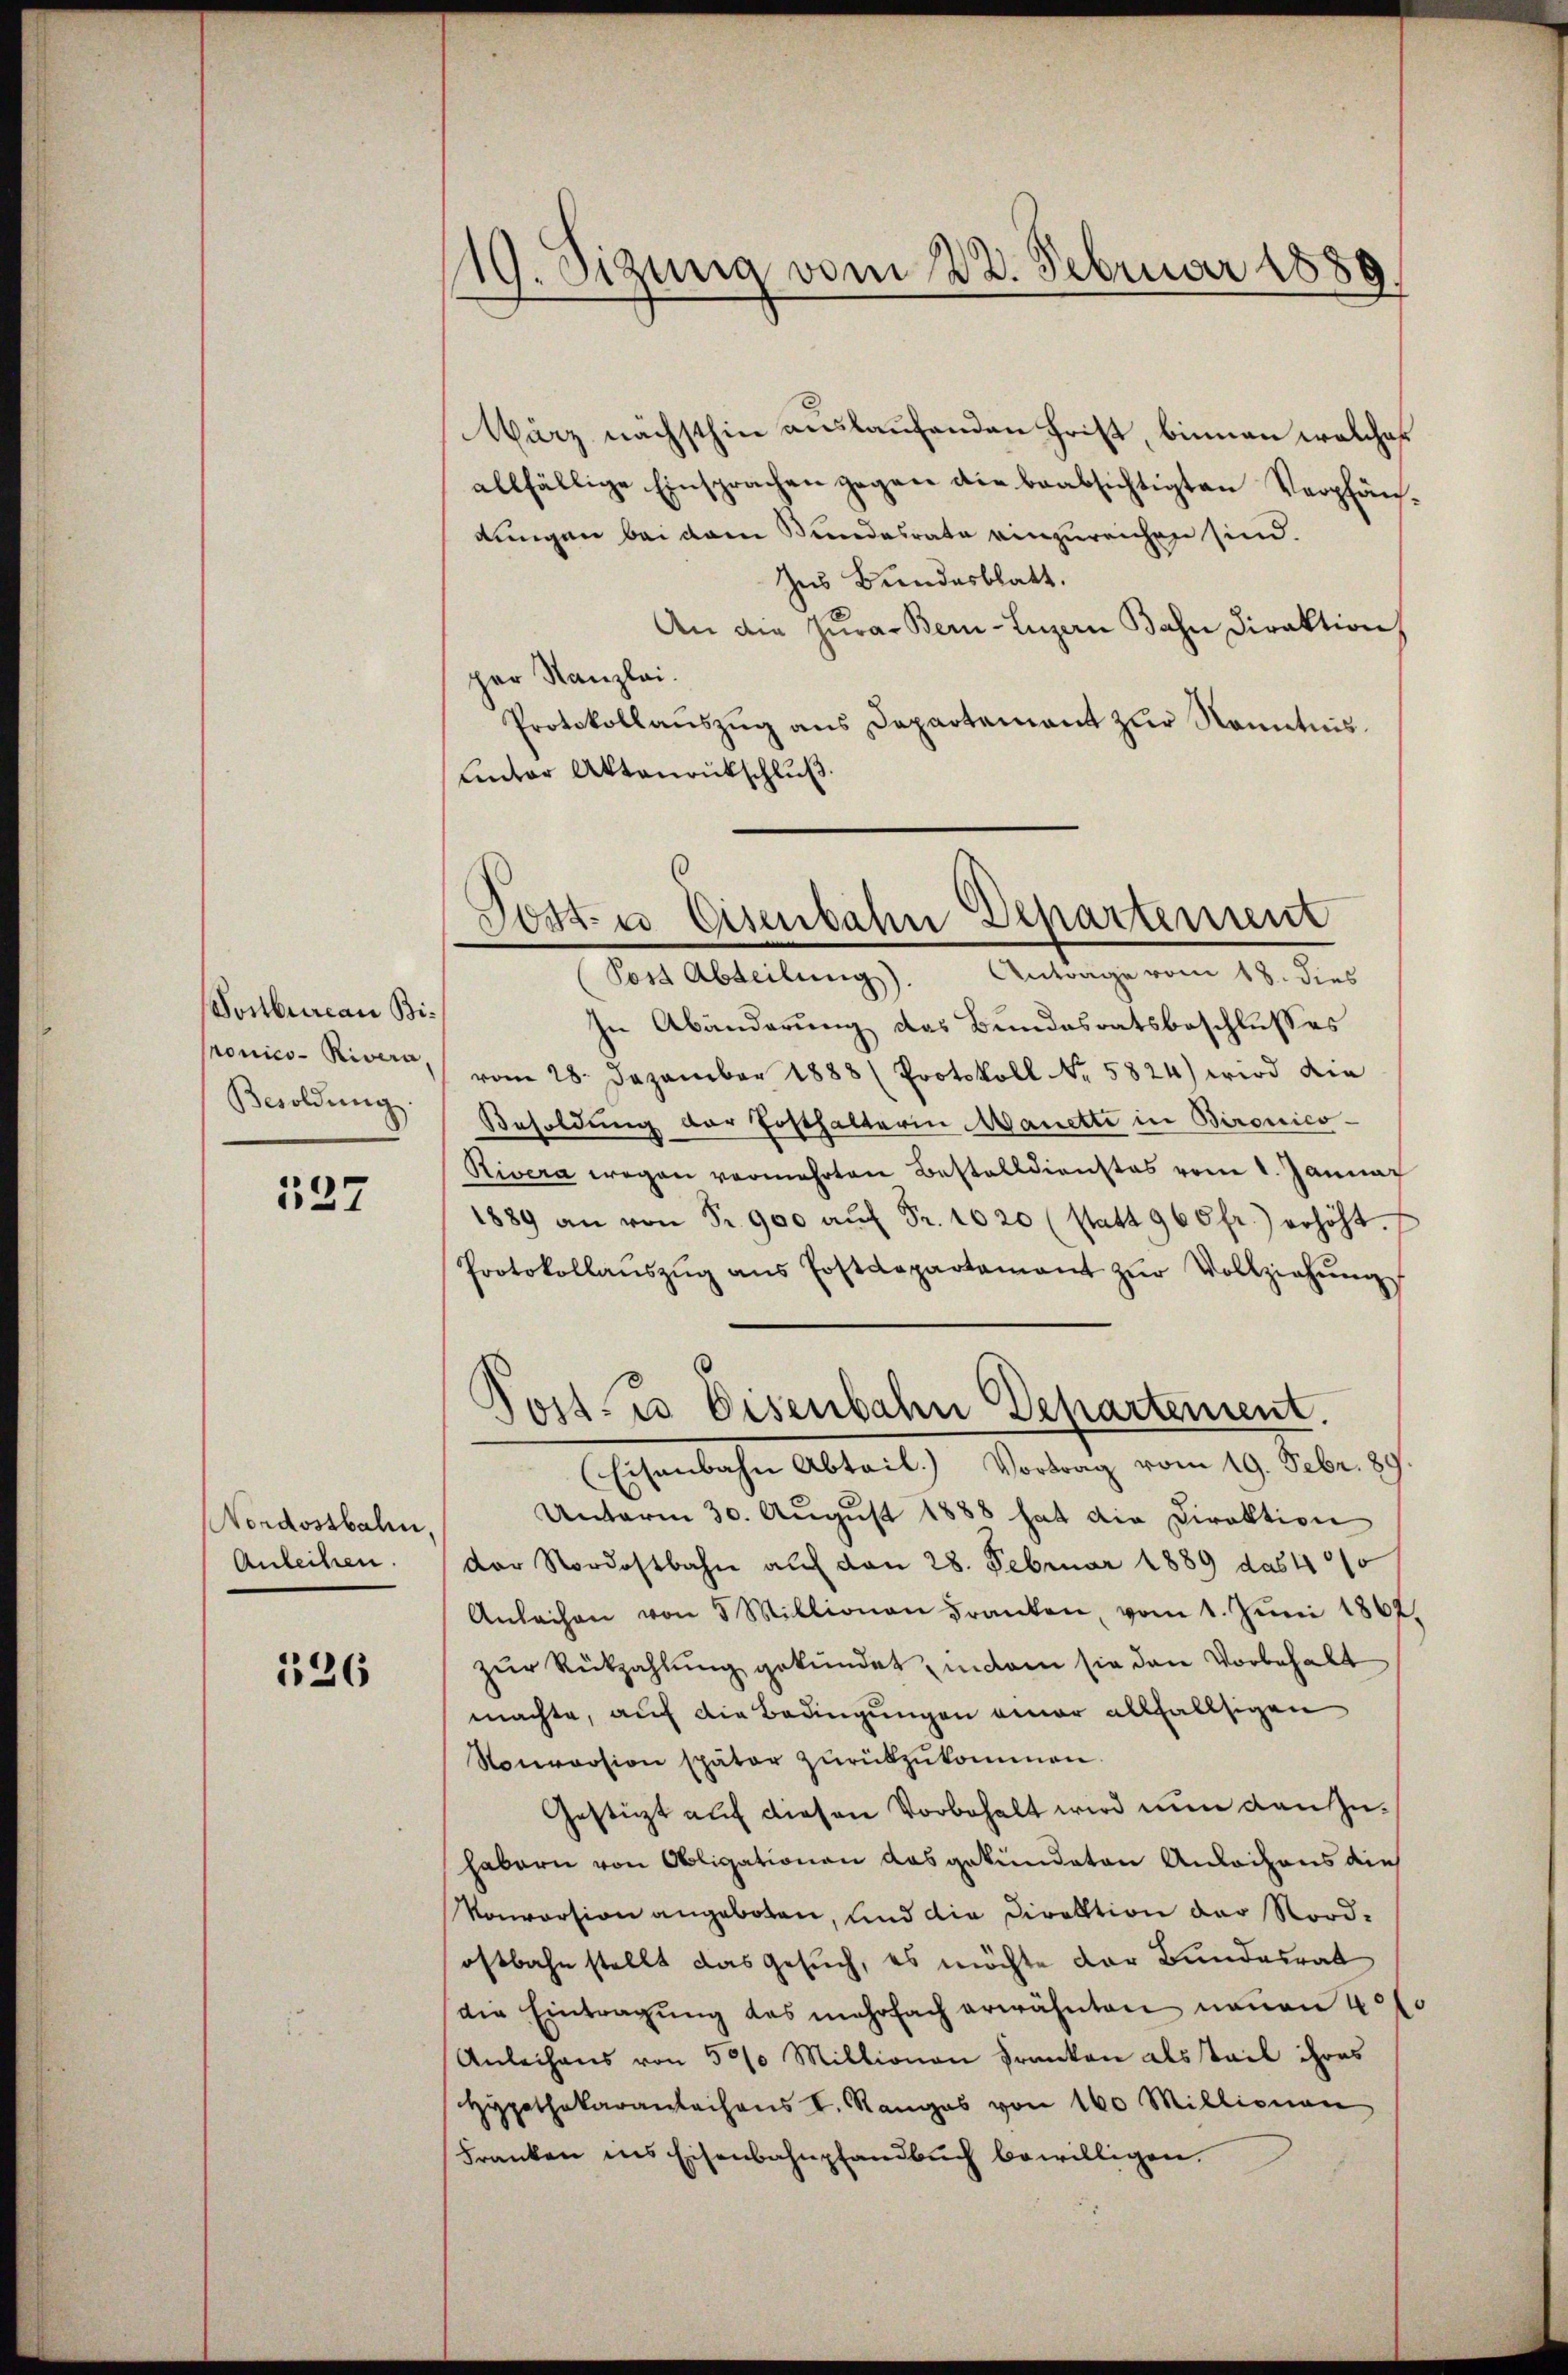
Vonbureau Binonico - Rivera
Besoldung.

537

Nordostbalen,
Anleihen.

126

119. Sizung vom 22. Februar 1889.

März nächsthin auslaufenden Frist, binnen welches
allfällige Einsprachen gegen die beabsichtigten Verpfändungen bei dem Bundesrate einzureichen sind.
Zus Bundesblatt.
An die Zŭra. Bern-Luzern Bahn Direktion
per Kanzlei.
Protokollaŭszŭg ans Departement zur Kenntnis.
Lnter Aktenrückschluß

Post- u Eisenbahn Departement
(Post Abteilung). Antrage vom 18. dies

In Abänderung des Bundesratsbeschlusses
vom 28. Dezember 1888 (Protokoll No. 5824) wird die
Besoldung der Ersthalterin Manette in Bironico-
Rivera wegen vermehrten Bestalldienstes vom 1. Januar
1889 an von Fr. 900 aŭf Fr. 1020 (statt 960 fr.) erhöht.
Protokollanszŭg ans Postdepartement zŭr Vollziehŭng
(Eisenbahn Abteil. Vortrag vom 19. Febr. 89.
Unterm 30. August 1888 hat die Direktion
der Nordostbahn auf den 28. Februar 1889 das 400
Anleihen von 5 Millionen Franken, vom 1. Juni 1867,
zŭr Rückzahlŭng gekündet, indem sie den Vorbehalt
machte, auf die Bedingungen einer allfallsigen
Nonversion später zŭrükzŭkommen.
Gestützt auf diesen Vorbehalt wird nun den Zuhabern von Obligationen das gekündeten Anleihens die
Vonvorsion angeboten, und die Direktion der Nordostbahn stellt das Gesuch, es möchte der Bundesrat
die Eintragŭng des mehrfach erwähnten neuen 40 l.
Anleihens von 500 Millionen Franken als Teil ihres
Hypothekarantechens I. Ranges von 160 Millionen
Franken ins Eisenbahnpfandbuch bewilligen.

Post. Es Eisenbahn Departement.